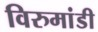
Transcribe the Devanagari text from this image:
विरुमांडी